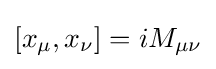
[x_{\mu },x_{\nu }]=iM_{\mu \nu }